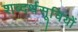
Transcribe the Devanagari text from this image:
शब्दर्थसूचियों